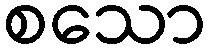
စသော